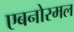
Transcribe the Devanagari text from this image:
एबनोरमल